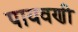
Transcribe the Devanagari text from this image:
पायवणी